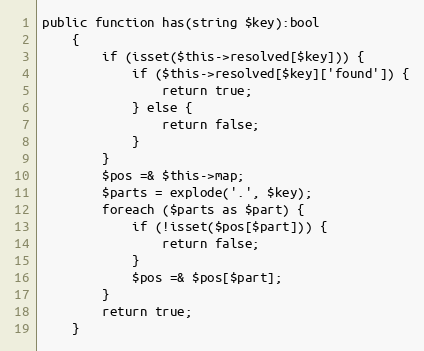
Language: PHP
public function has(string $key):bool
    {
        if (isset($this->resolved[$key])) {
            if ($this->resolved[$key]['found']) {
                return true;
            } else {
                return false;
            }
        }
        $pos =& $this->map;
        $parts = explode('.', $key);
        foreach ($parts as $part) {
            if (!isset($pos[$part])) {
                return false;
            }
            $pos =& $pos[$part];
        }
        return true;
    }